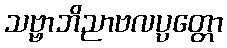
သဗ္ဗာဘိညာဗလပ္ပတ္တော